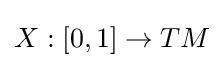
X:[0,1]\to TM